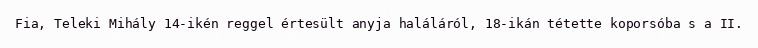
Fia, Teleki Mihály 14-ikén reggel értesült anyja haláláról, 18-ikán tétette koporsóba s a II.